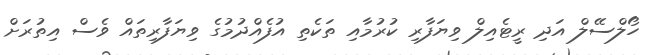
ހޯލްސޭލް އަދި ރީޓެއިލް ވިޔަފާރި ކުރުމާއި ތަކެތި އުފެއްދުމުގެ ވިޔަފާރިތައް ވެސް އިތުރަށް